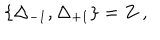
LaTeX: \{ \Delta _ { - 1 } , \Delta _ { + 1 } \} = Z \ ,